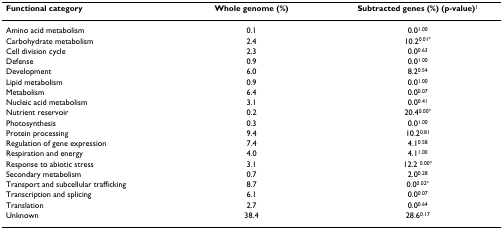
<table><thead><tr><td><b>Functional category</b></td><td><b>Whole genome (%)</b></td><td><b>Subtracted genes (%) (p-value)<sup>1</sup></b></td></tr></thead><tbody><tr><td>Amino acid metabolism</td><td>0.1</td><td>0.0<sup>1.00</sup></td></tr><tr><td>Carbohydrate metabolism</td><td>2.4</td><td>10.2<sup>0.01*</sup></td></tr><tr><td>Cell division cycle</td><td>2.3</td><td>0.0<sup>0.63</sup></td></tr><tr><td>Defense</td><td>0.9</td><td>0.0<sup>1.00</sup></td></tr><tr><td>Development</td><td>6.0</td><td>8.2<sup>0.54</sup></td></tr><tr><td>Lipid metabolism</td><td>0.9</td><td>0.0<sup>1.00</sup></td></tr><tr><td>Metabolism</td><td>6.4</td><td>0.0<sup>0.07</sup></td></tr><tr><td>Nucleic acid metabolism</td><td>3.1</td><td>0.0<sup>0.41</sup></td></tr><tr><td>Nutrient reservoir</td><td>0.2</td><td>20.4<sup>0.00*</sup></td></tr><tr><td>Photosynthesis</td><td>0.3</td><td>0.0<sup>1.00</sup></td></tr><tr><td>Protein processing</td><td>9.4</td><td>10.2<sup>0.81</sup></td></tr><tr><td>Regulation of gene expression</td><td>7.4</td><td>4.1<sup>0.58</sup></td></tr><tr><td>Respiration and energy</td><td>4.0</td><td>4.1<sup>1.00</sup></td></tr><tr><td>Response to abiotic stress</td><td>3.1</td><td>12.2 <sup>0.00*</sup></td></tr><tr><td>Secondary metabolism</td><td>0.7</td><td>2.0<sup>0.28</sup></td></tr><tr><td>Transport and subcellular trafficking</td><td>8.7</td><td>0.0<sup>0.02*</sup></td></tr><tr><td>Transcription and splicing</td><td>6.1</td><td>0.0<sup>0.07</sup></td></tr><tr><td>Translation</td><td>2.7</td><td>0.0<sup>0.64</sup></td></tr><tr><td>Unknown</td><td>38.4</td><td>28.6<sup>0.17</sup></td></tr></tbody></table>